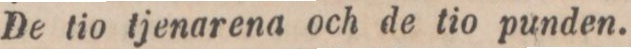
De tio tjenarena och de tio punden.